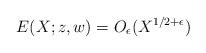
LaTeX: \begin{align*} E(X; z,w) = O_{\epsilon}(X^{1/2 + \epsilon})\end{align*}